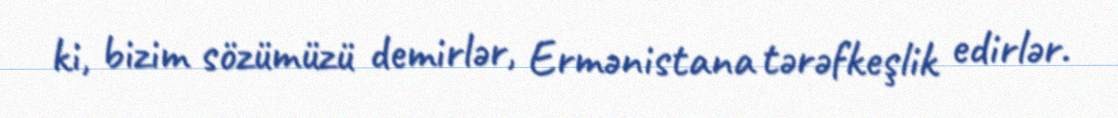
ki, bizim sözümüzü demirlər, Ermənistana tərəfkeşlik edirlər.